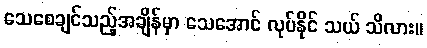
သေစေချင်သည့်အချိန်မှာ သေအောင် လုပ်နိုင် သယ် သိလား။